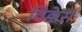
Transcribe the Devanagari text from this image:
विक्केर्स